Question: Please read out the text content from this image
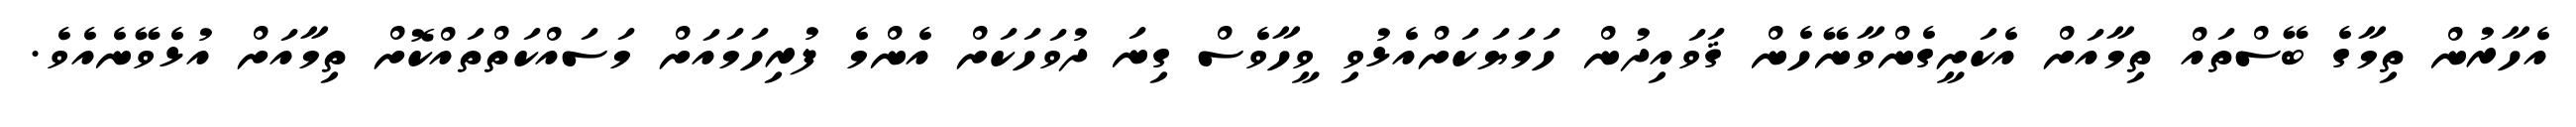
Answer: އެހާރުން ތިމާގެ ބޭސްތައް ތިމާއަށް އެކަށީގެންވާނޭހެން ޤަވައިދުން ހަމަޔަކަށްއެޅުވި ވީހާވެސް ގިނަ ދުވަހަކަށް އެންމެ ފުރިހަމައަށް މަސައްކަތްތައްކޮށް ތިމާއަށް އުޅެވޭނެއެވެ.